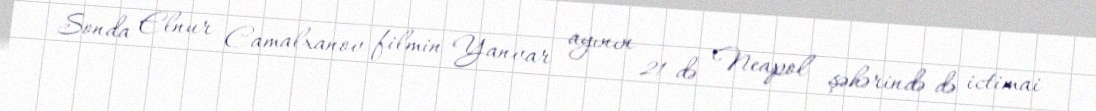
Sonda Elnur Camalxanov filmin Yanvar ayının 21-də Neapol şəhərində də ictimai